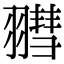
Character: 𦒄